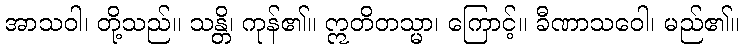
အာသဝါ၊ တို့သည်။ သန္တိ၊ ကုန်၏။ ဣတိတသ္မာ၊ ကြောင့်။ ခီဏာသဝေါ၊ မည်၏။